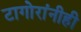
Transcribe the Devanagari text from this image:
टागोरांनीही